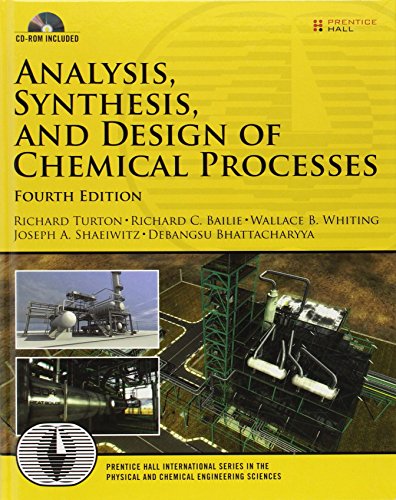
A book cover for Analysis, Synthesis and Design of Chemical Processes (4th Edition) (Prentice Hall International Series in the Physical and Chemical Engineering Sciences); Richard Turton; Engineering & Transportation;